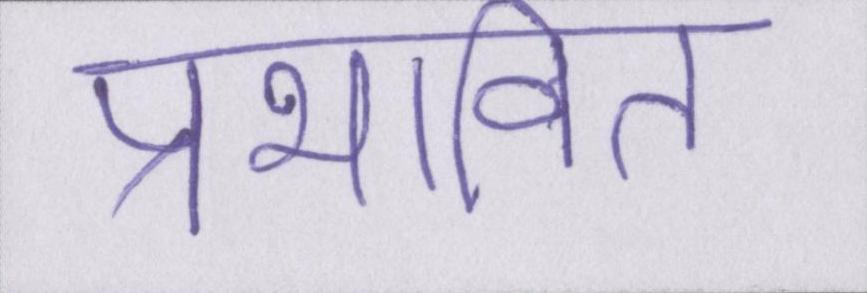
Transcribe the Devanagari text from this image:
प्रभावित